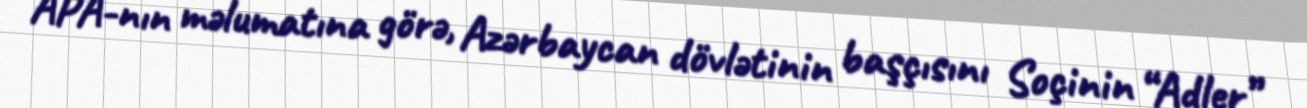
APA-nın məlumatına görə, Azərbaycan dövlətinin başçısını Soçinin “Adler”